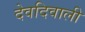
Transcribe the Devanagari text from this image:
देवदिवाली